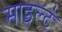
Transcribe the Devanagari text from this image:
साइल्ट॑